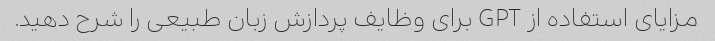
مزایای استفاده از GPT برای وظایف پردازش زبان طبیعی را شرح دهید.